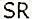
SR